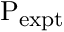
\mathrm { P _ { e x p t } }